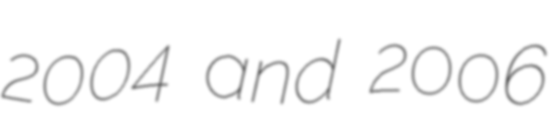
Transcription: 2004 and 2006